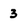
Character: 3